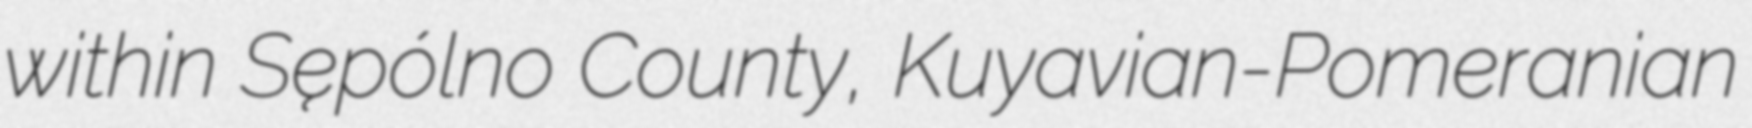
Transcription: within Sępólno County, Kuyavian-Pomeranian